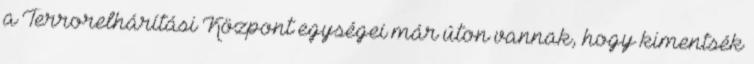
a Terrorelhárítási Központ egységei már úton vannak, hogy kimentsék